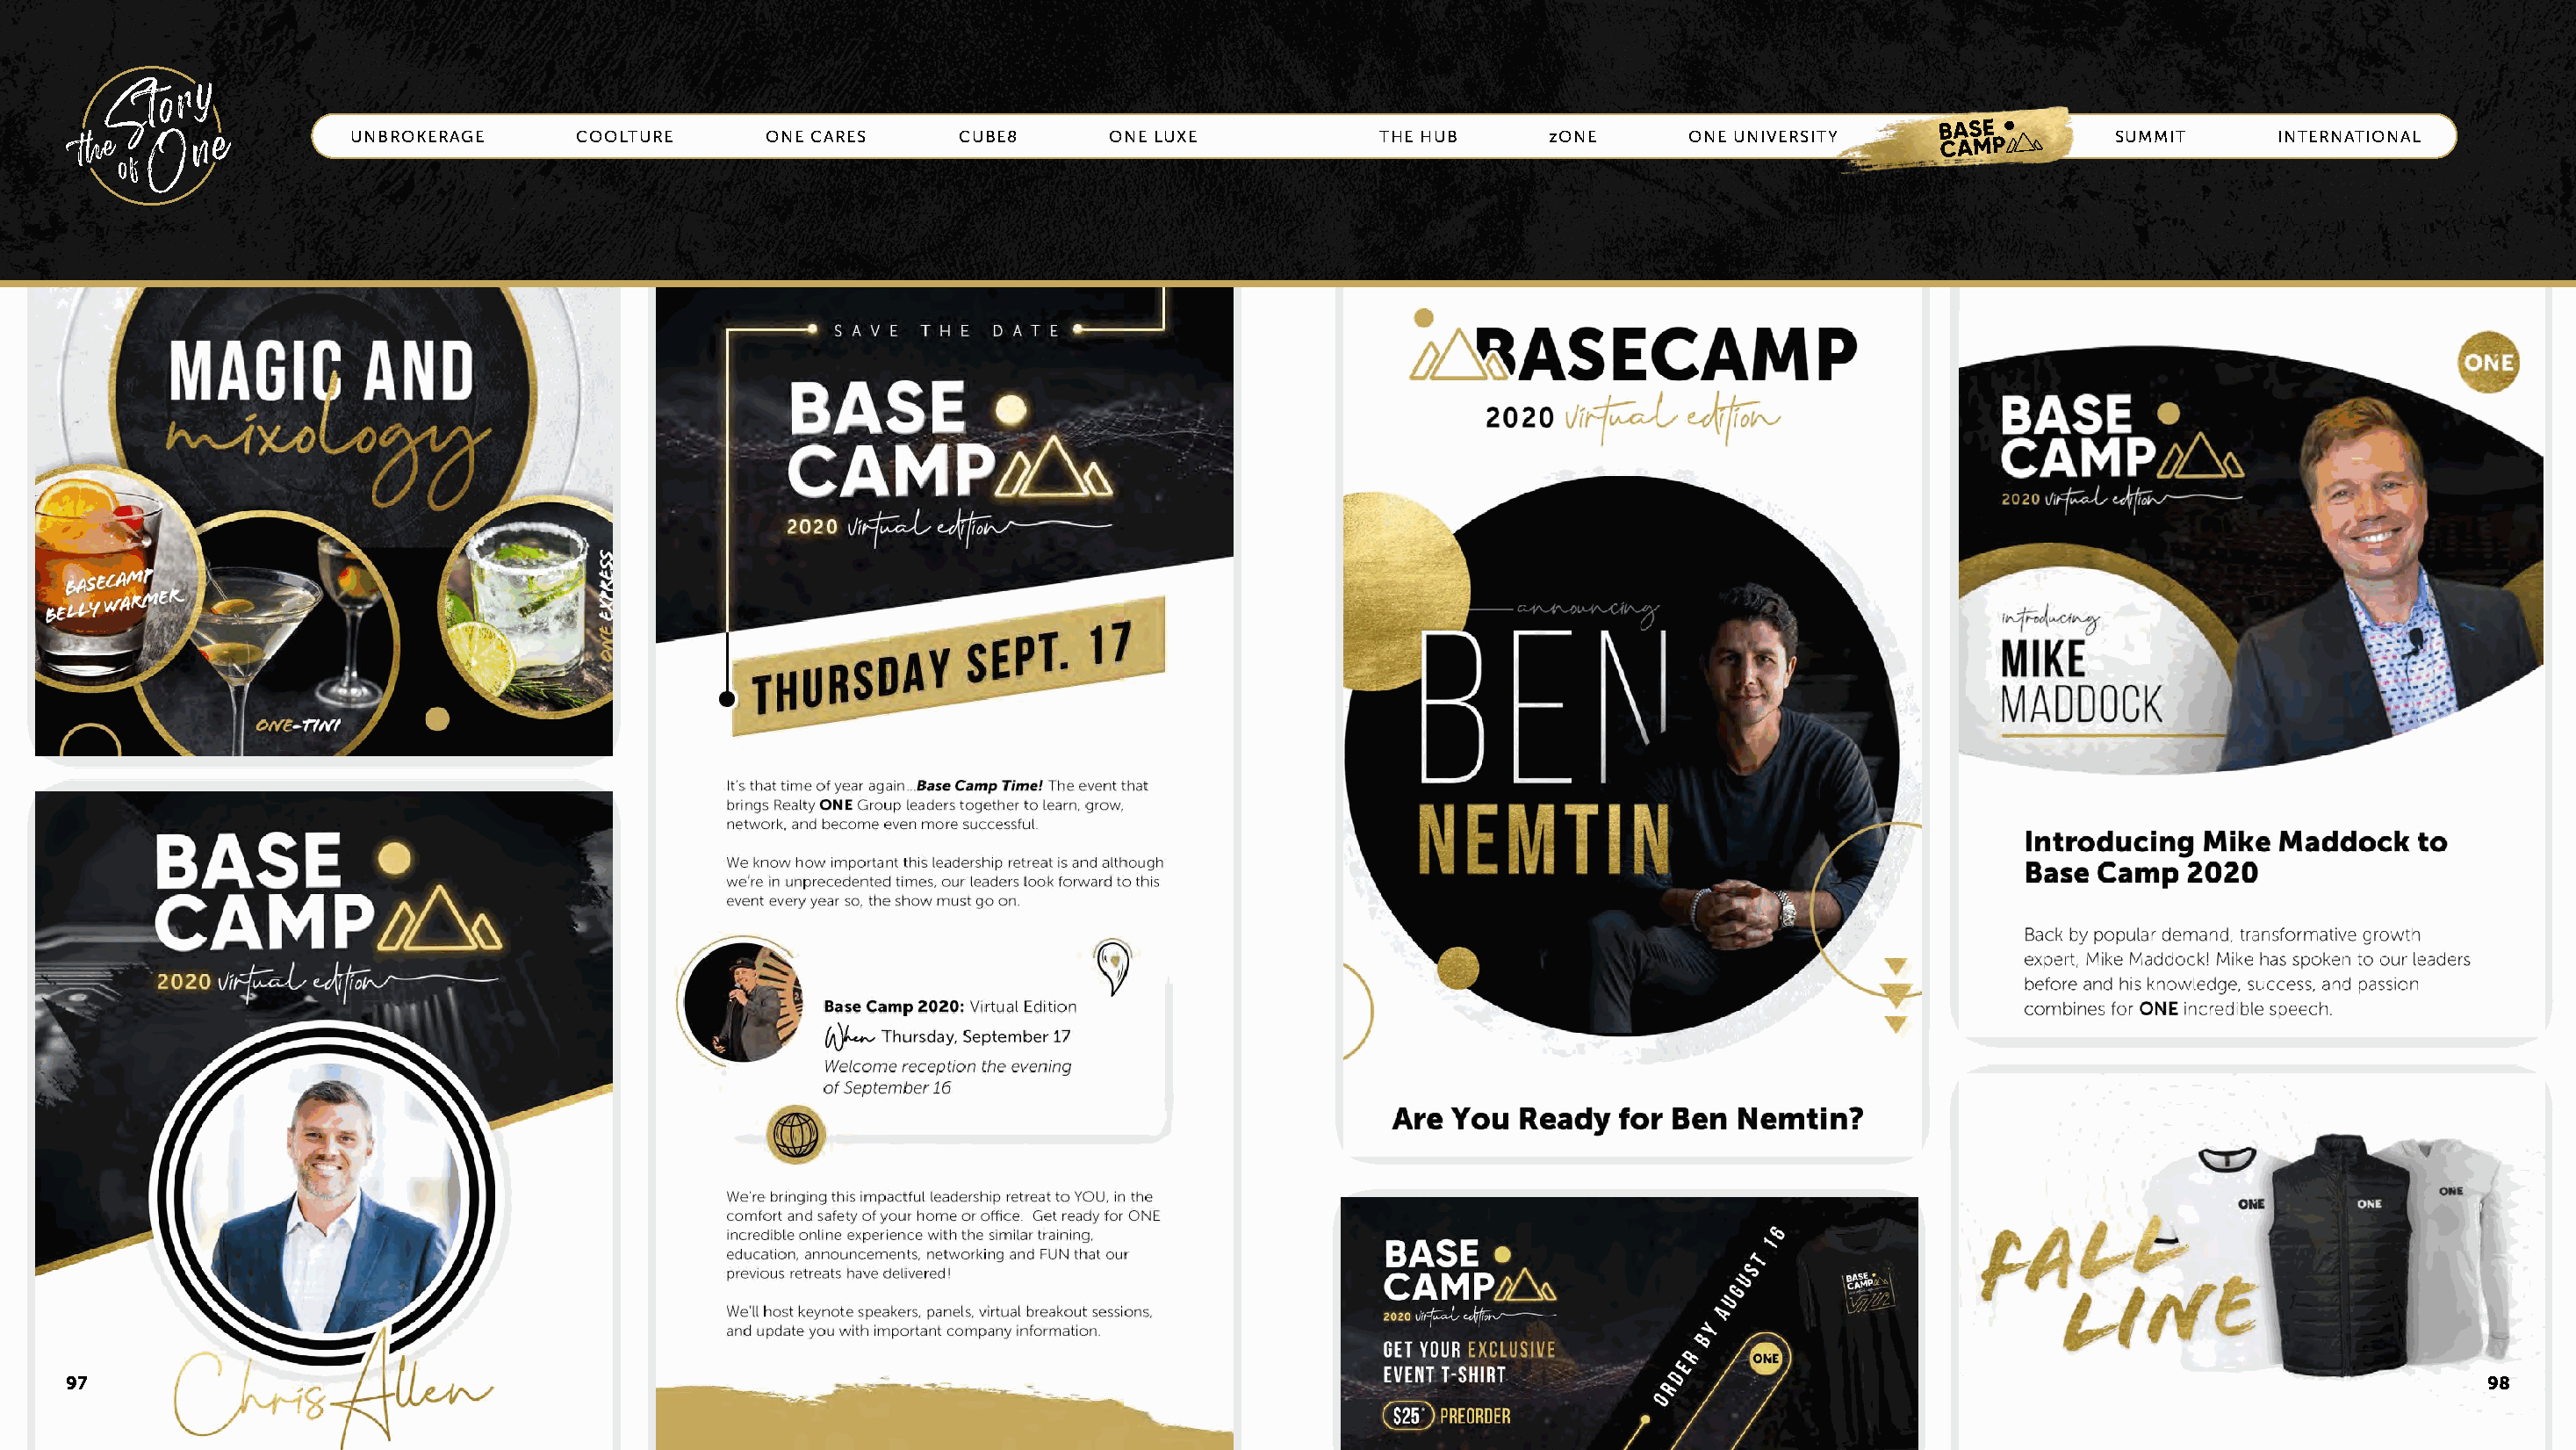
UNBROKERAGE      COOLTURE       ONE CARES     CUBE8       ONE LUXE            THE HUB      zONE      ONE UNIVERSITY    BASECAMP       SUMMIT      INTERNATIONAL
 97                                                                                                                                                                                     98